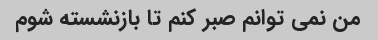
من نمی توانم صبر کنم تا بازنشسته شوم